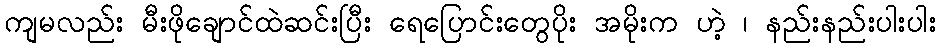
ကျမလည်း မီးဖိုချောင်ထဲဆင်းပြီး ရေပြောင်းတွေပိုး အမိုးက ဟဲ့ ၊ နည်းနည်းပါးပါး